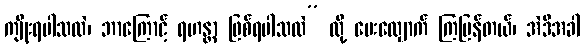
ကျိုးရပါသလဲ၊ ဘာကြောင့် ရဟန္တာ ဖြစ်ရပါသလဲ” လို့ မေးလျှောက် ကြပြန်တယ်၊ အဲဒီအခါ